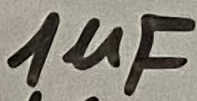
Text: 1µF